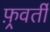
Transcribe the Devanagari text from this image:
फ़्रवर्ती